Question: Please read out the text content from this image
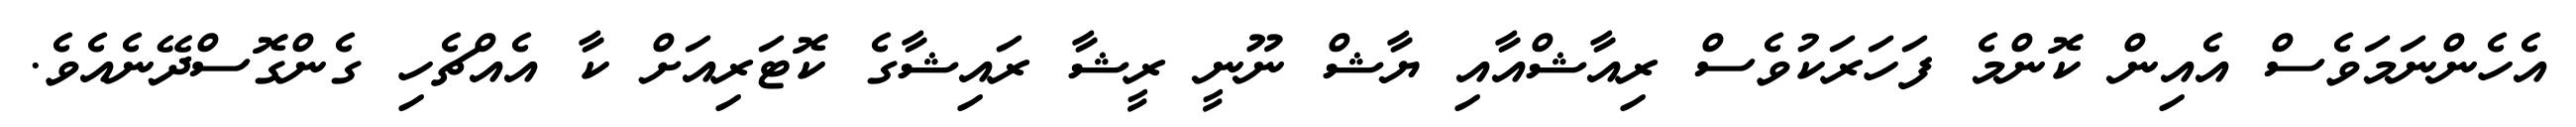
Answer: އެހެންނަމަވެސް އެއިން ކޮންމެ ފަހަރަކުވެސް ރިއާޝްއާއި ޔާޝް ނޫނީ ރީޝާ ރައިޝާގެ ކޮޓަރިއަށް ކާ އެއްޗެހި ގެންގޮސްދޭނެއެވެ.